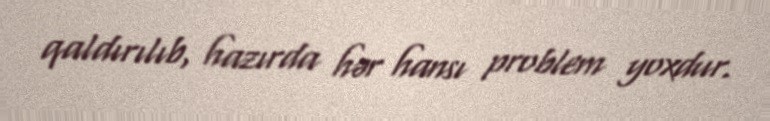
qaldırılıb, hazırda hər hansı problem yoxdur.